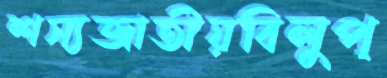
শস্যজাতীয়বিলুপ্